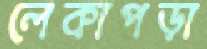
লেকাপড়া